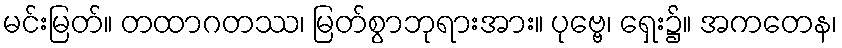
မင်းမြတ်။ တထာဂတဿ၊ မြတ်စွာဘုရားအား။ ပုဗ္ဗေ၊ ရှေး၌။ အကတေန၊